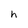
Character: h